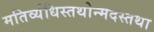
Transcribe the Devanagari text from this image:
मतिर्व्यधिस्तथोन्मदस्तथा